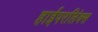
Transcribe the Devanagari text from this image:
हाईपरलिंक्स